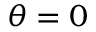
\theta = 0